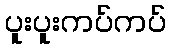
ပူးပူးကပ်ကပ်